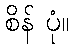
စိန် ပုံ။